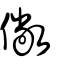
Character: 僘